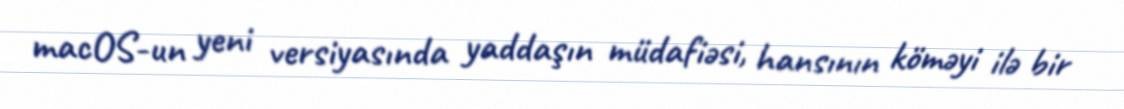
macOS-un yeni versiyasında yaddaşın müdafiəsi, hansının köməyi ilə bir